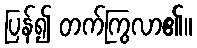
ပြန်၍ တက်ကြွလာ၏။